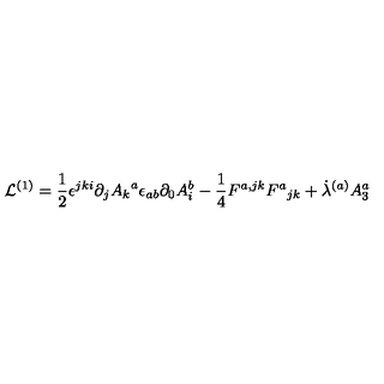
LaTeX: { \cal L } ^ { ( 1 ) } = { \frac { 1 } { 2 } } { \epsilon ^ { j k i } \partial _ { j } { A _ { k } } ^ { a } } { \epsilon _ { a b } \partial _ { 0 } { A _ { i } ^ { b } } } - { \frac { 1 } { 4 } } { F ^ { a , j k } } { { F ^ { a } } _ { j k } } + { \dot { \lambda } ^ { ( a ) } } { A _ { 3 } ^ { a } }